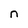
Character: n